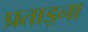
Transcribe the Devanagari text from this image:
प्रताड़्ना